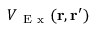
V _ { \mathrm { ~ E ~ x ~ } } ( \mathbf { r } , \mathbf { r } ^ { \prime } )